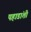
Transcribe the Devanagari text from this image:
पहाडांशी